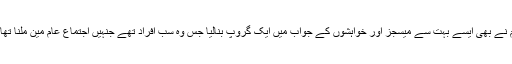
ہم نے بھی ایسے بہت سے میسجز اور خواہشوں کے جواب میں ایک گروپ بنالیا جس وہ سب افراد تھے جنہیں اجتماع عام مین ملنا تھا ۔